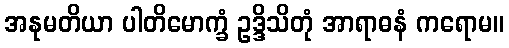
အနုမတိယာ ပါတိမောက္ခံ ဥဒ္ဒိသိတုံ အာရာဓနံ ကရောမ။